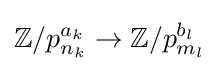
\mathbb {Z} /p_{n_{k}}^{a_{k}}\to \mathbb {Z} /p_{m_{l}}^{b_{l}}